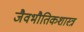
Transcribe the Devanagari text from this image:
जैवभौतिकशास्त्र